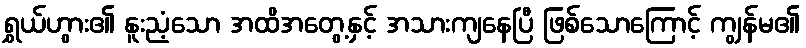
ရွှယ်ဟွား၏ နူးညံ့သော အထိအတွေ့နှင့် အသားကျနေပြီ ဖြစ်သောကြောင့် ကျွန်မ၏